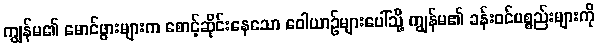
ကျွန်မ၏ မောင်ဖွားများက စောင့်ဆိုင်းနေသော ဝေါယာဉ်များပေါ်သို့ ကျွန်မ၏ ခန်းဝင်ပစ္စည်းများကို